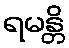
ရမန္တိ